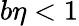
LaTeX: b\eta<1